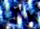
هذه